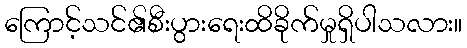
ကြောင့်သင်၏စီးပွားရေးထိခိုက်မှုရှိပါသလား။